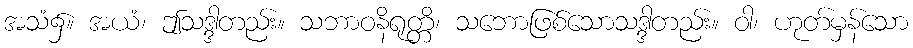
အသံ၌။ အယံ၊ ဤသဒ္ဒါတည်း။ သဘာဝနိရုတ္တိ၊ သဘောဖြစ်သောသဒ္ဒါတည်း။ ဝါ၊ ဟုတ်မှန်သော